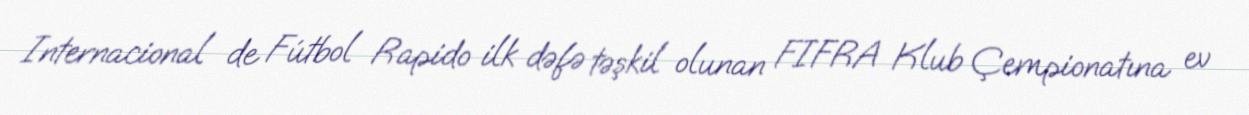
Internacional de Fútbol Rapido ilk dəfə təşkil olunan FIFRA Klub Çempionatına ev